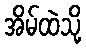
အိမ်ထဲသို့